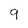
Character: 9